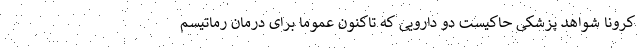
کرونا شواهد پزشکی حاکیست دو دارویی که تاکنون عموما برای درمان رماتیسم